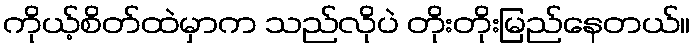
ကိုယ့်စိတ်ထဲမှာက သည်လိုပဲ တိုးတိုးမြည်နေတယ်။